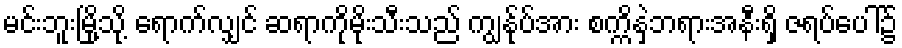
မင်းဘူးမြို့သို့ ရောက်လျှင် ဆရာကိုမိုးသီးသည် ကျွန်ုပ်အား စက္ကိနှဲဘရားအနီးရှိ ဇရပ်ပေါ်၌